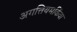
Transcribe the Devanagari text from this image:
अगत्तियमकिंवा